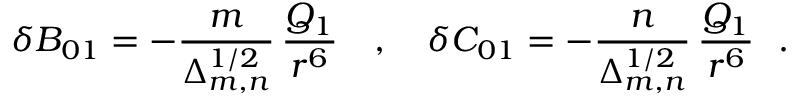
\delta { \cal B } _ { 0 1 } = - \frac { m } { \Delta _ { m , n } ^ { 1 / 2 } } \, \frac { Q _ { 1 } } { r ^ { 6 } } ~ ~ ~ , ~ ~ ~ \delta { \cal C } _ { 0 1 } = - \frac { n } { \Delta _ { m , n } ^ { 1 / 2 } } \, \frac { Q _ { 1 } } { r ^ { 6 } } ~ ~ .